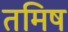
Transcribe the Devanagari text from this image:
तमिष